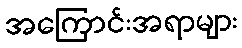
အကြောင်းအရာများ